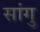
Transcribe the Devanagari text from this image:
सांगु